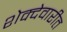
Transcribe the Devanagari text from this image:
शेक्देवारीत